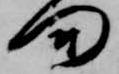
門